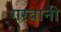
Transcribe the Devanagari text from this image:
गरवानी